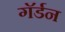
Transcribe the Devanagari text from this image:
गॅर्डन